Jaan_Tonisson_(Lasteleht), lk 151
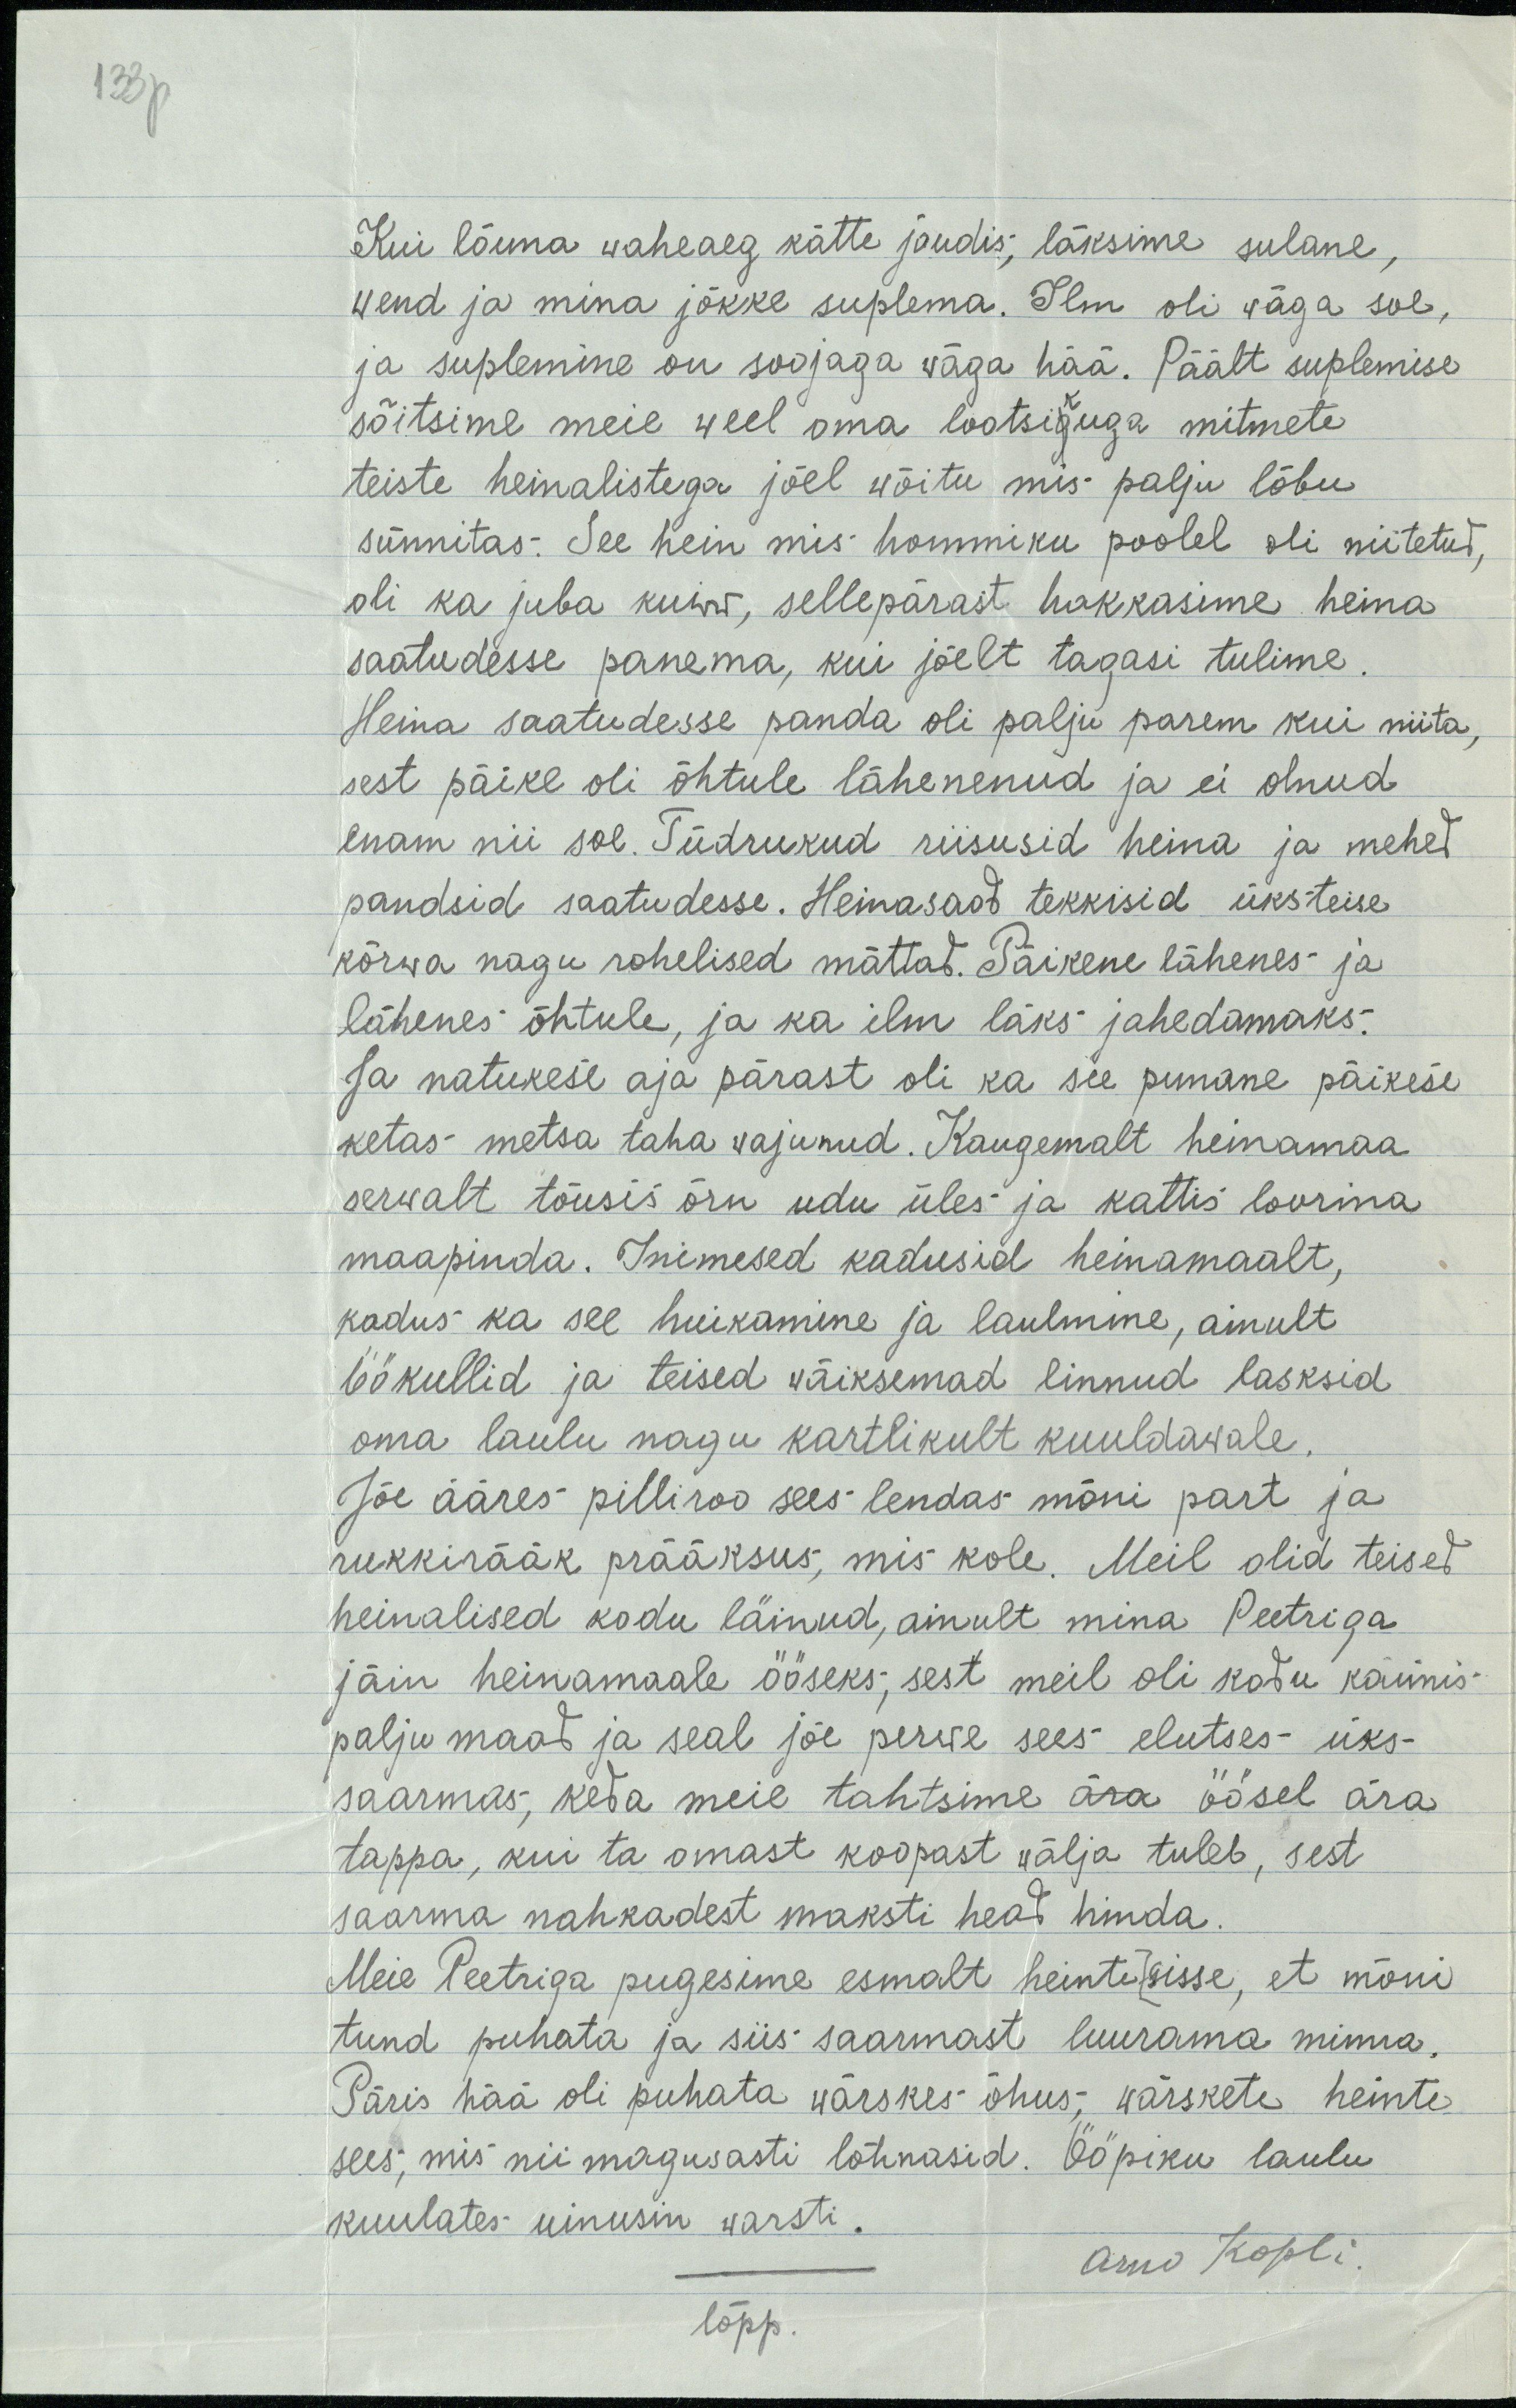
133p

Kui lõuna waheaeg kätte jõudis, läksime sulane,
wend ja mina jõkke suplema. Ilm oli wäga soe,
ja suplemine on soojaga wäga hää. Päält suplemise
k
sõitsime meie weel oma lootsiguga mitmete mitmete
teiste heinalistega jõel wõitu mis palju lõbu
sünnitas. See hein mis hommiku poolel oli niitetud,
oli ka juba kuiw, sellepärast hakkasime heina
saatudesse panema, kui jõelt tagasi tulima.
Heina saatudesse panda oli palju parem kui niita,
sest päike oli õhtule lähenenud ja ei olnud
enam nii soe. Tüdrukud riisusid heina ja mehed
pandsid saatudesse. Heinasaod tekkisid üksteise
kõrwa nagu rohelised mättad. Päikene lähenes ja
lähenes õhtule, ja ka ilm läks jahedamaks.
Ja natukese aja pärast oli ka see punane päikese
ketas metsa taha wajunud. Kaugemalt heinamaa
serwalt tõusis õrn udu üles ja kattis loorina
maapinna. Inimesed kadusid heinamaalt,
kadus ka see huikamine ja laulmine, ainult
öökullid ja teised wäiksemad linnud lasksid
oma laulu nagu kartlikult kuuldawale.
Jõe ääres pilliroo sees lendas mõni part ja
rukkirääk prääksus, mis kole. Meil olid teised
heinalised kodu läinud, ainult mina Peetriga
jäin heinamaale ööseks, sest meil oli kodu käimis
palju maad ja seal jõe perwe sees elutses üks
saarmas, keda meie tahtsime ära ööles ära
tappa, kui ta omast koopast wälja tuleb, sest
saarma nahkadest maksti head hinda.
Meie Peetriga pugesime esmalt heinte sisse, et mõni
tund puhata ja siis saarmast luurama minna.
Päris hää oli puhata wärskes õhus, wärskete heinte
sees, mis nii magusasti lõhnasid. Ööpiku laulu
kuulates uinusin warsti.
Arno Kopli
lõpp.